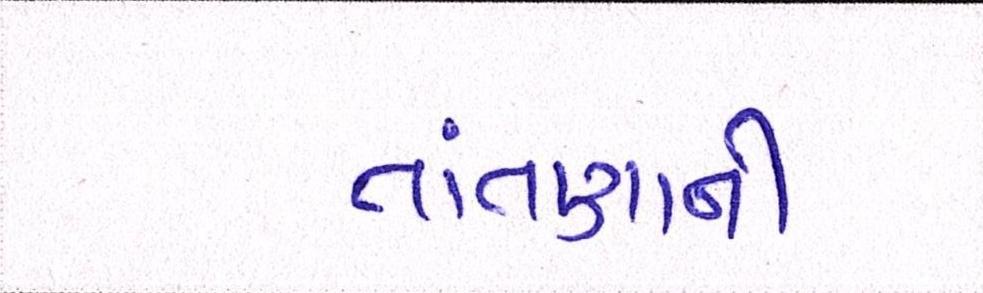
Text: તાંતણાની